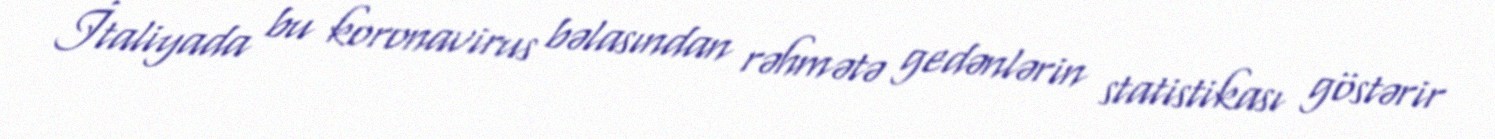
İtaliyada bu koronavirus bəlasından rəhmətə gedənlərin statistikası göstərir